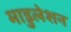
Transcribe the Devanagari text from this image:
माडुलेशन